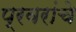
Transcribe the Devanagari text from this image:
प्रवरांचे